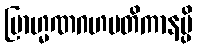
ဗြာဟ္မဏဂဟပတိကာနမ္ပိ